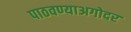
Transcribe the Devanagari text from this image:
पाठवण्याअगोदर